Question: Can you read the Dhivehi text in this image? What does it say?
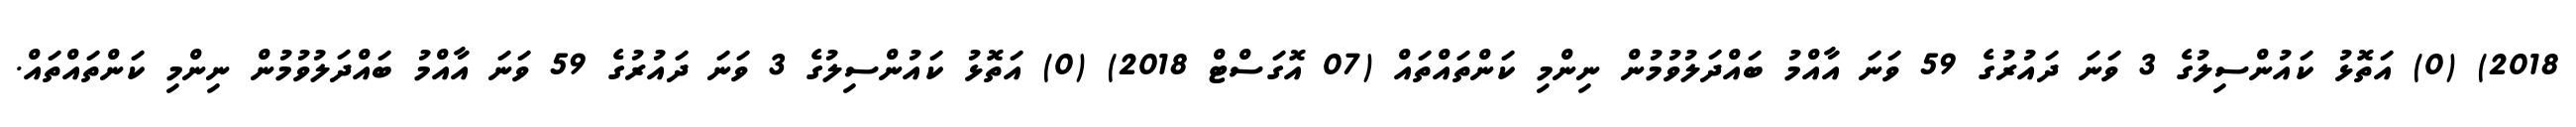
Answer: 2018) (0) އަތޮޅު ކައުންސިލުގެ 3 ވަނަ ދައުރުގެ 59 ވަނަ އާއްމު ބައްދަލުވުމުން ނިންމި ކަންތައްތައް (07 އޮގަސްޓް 2018) (0) އަތޮޅު ކައުންސިލުގެ 3 ވަނަ ދައުރުގެ 59 ވަނަ އާއްމު ބައްދަލުވުމުން ނިންމި ކަންތައްތައް.